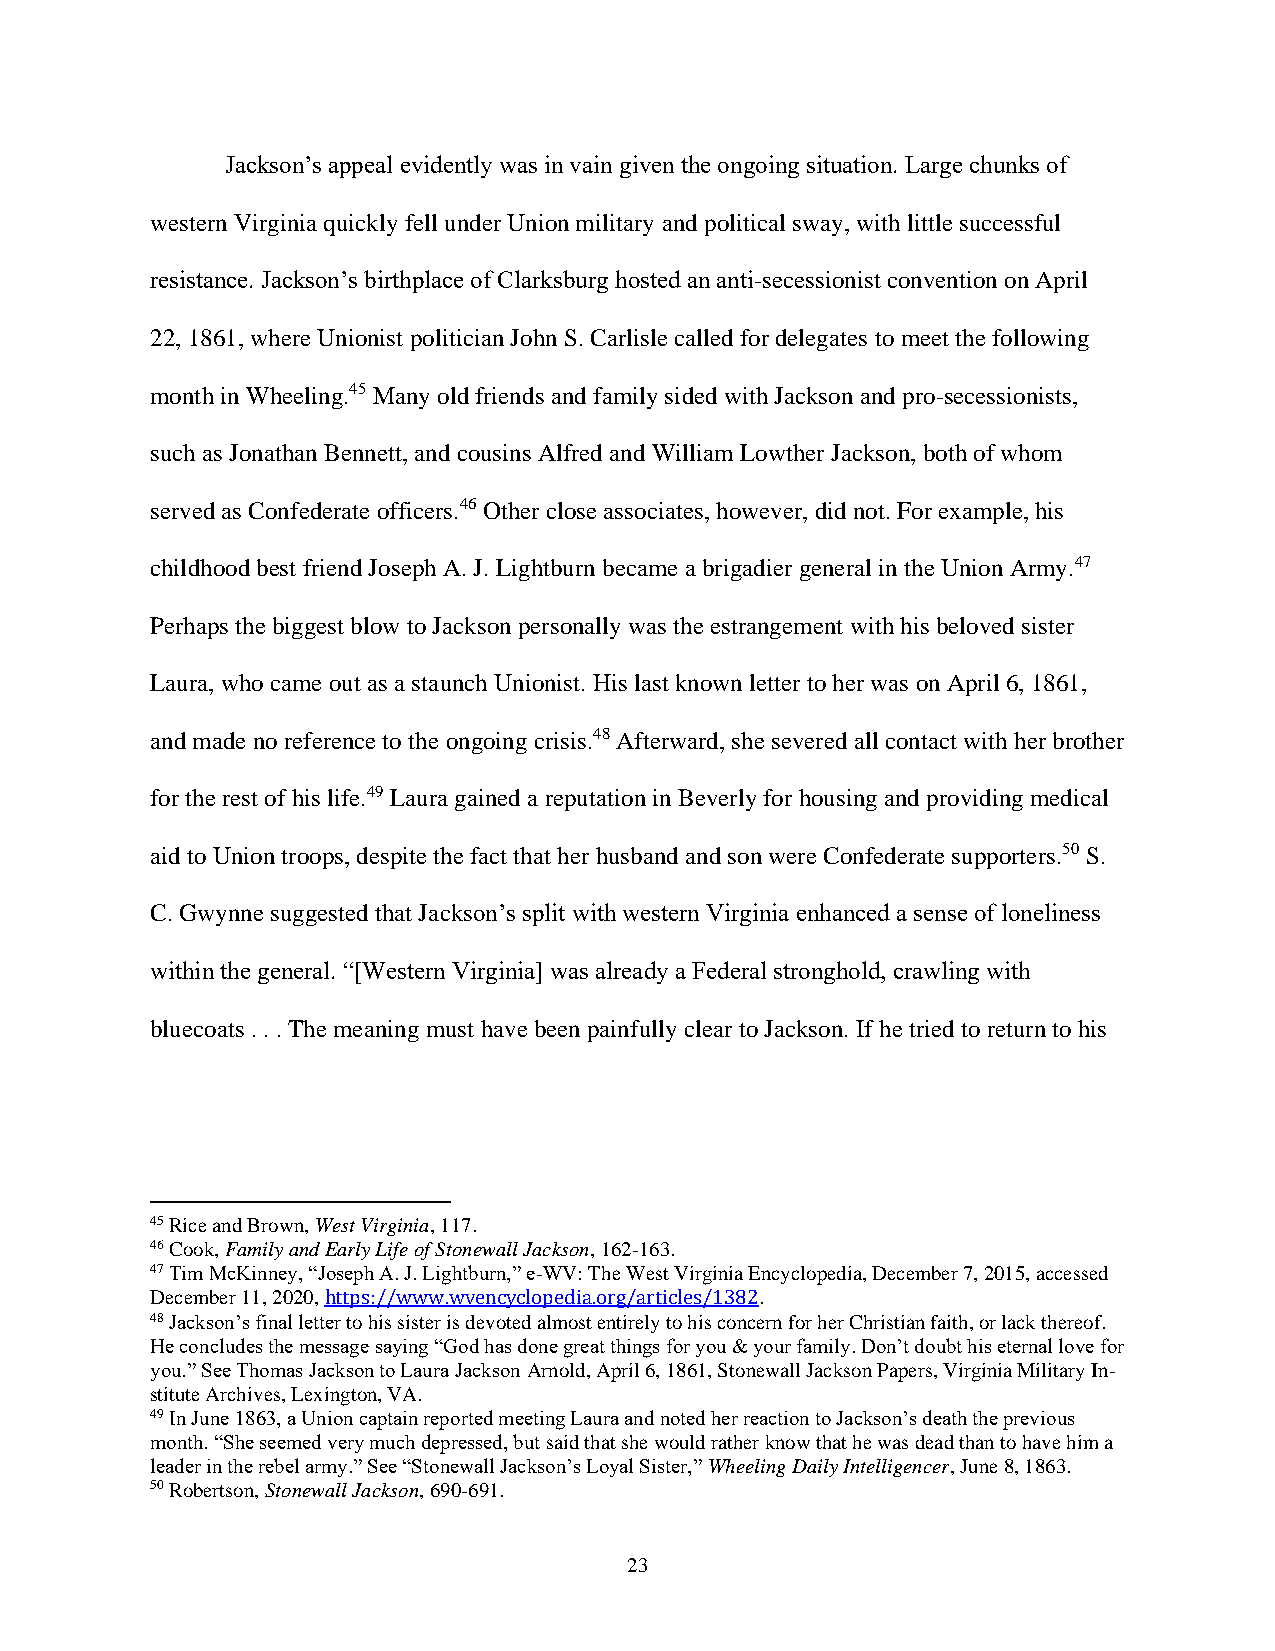
Jackson’s appeal evidently was in vain given the ongoing situation. Large chunks of
 western Virginia quickly fell under Union military and political sway, with little successful
 resistance. Jackson’s birthplace of Clarksburg hosted an anti-secessionist convention on April
 22, 1861, where Unionist politician John S. Carlisle called for delegates to meet the following
 month in Wheeling.45 Many old friends and family sided with Jackson and pro-secessionists,
 such as Jonathan Bennett, and cousins Alfred and William Lowther Jackson, both of whom
 served as Confederate officers.46 Other close associates, however, did not. For example, his
 childhood best friend Joseph A. J. Lightburn became a brigadier general in the Union Army.47
 Perhaps the biggest blow to Jackson personally was the estrangement with his beloved sister
 Laura, who came out as a staunch Unionist. His last known letter to her was on April 6, 1861,
 and made no reference to the ongoing crisis.48 Afterward, she severed all contact with her brother
 for the rest of his life.49 Laura gained a reputation in Beverly for housing and providing medical
 aid to Union troops, despite the fact that her husband and son were Confederate supporters.50 S.
 C. Gwynne suggested that Jackson’s split with western Virginia enhanced a sense of loneliness
 within the general. “[Western Virginia] was already a Federal stronghold, crawling with
 bluecoats . . . The meaning must have been painfully clear to Jackson. If he tried to return to his
 45 Rice and Brown, West Virginia, 117.
 46 Cook, Family and Early Life of Stonewall Jackson, 162-163.
 47 Tim McKinney, “Joseph A. J. Lightburn,” e-WV: The West Virginia Encyclopedia, December 7, 2015, accessed
 December 11, 2020, https://www.wvencyclopedia.org/articles/1382.
 48 Jackson’s final letter to his sister is devoted almost entirely to his concern for her Christian faith, or lack thereof.
 He concludes the message saying “God has done great things for you & your family. Don’t doubt his eternal love for
 you.” See Thomas Jackson to Laura Jackson Arnold, April 6, 1861, Stonewall Jackson Papers, Virginia Military In-
 stitute Archives, Lexington, VA.
 49 In June 1863, a Union captain reported meeting Laura and noted her reaction to Jackson’s death the previous
 month. “She seemed very much depressed, but said that she would rather know that he was dead than to have him a
 leader in the rebel army.” See “Stonewall Jackson’s Loyal Sister,” Wheeling Daily Intelligencer, June 8, 1863.
 50 Robertson, Stonewall Jackson, 690-691.
 23